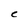
Character: C